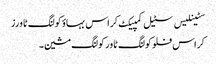
سٹینلیس سٹیل کمپیکٹ کراس بہاؤ کولنگ ٹاورز
کراس فلو کولنگ ٹاور کولنگ مشین۔